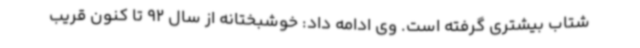
شتاب بیشتری گرفته است. وی ادامه داد: خوشبختانه از سال 92 تا کنون قریب